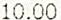
10.00